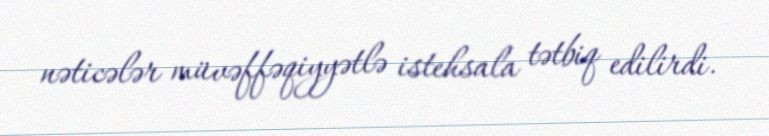
nəticələr müvəffəqiyyətlə istehsala tətbiq edilirdi.